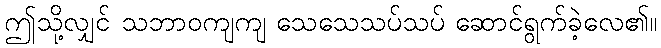
ဤသို့လျှင် သဘာဝကျကျ သေသေသပ်သပ် ဆောင်ရွက်ခဲ့လေ၏။